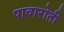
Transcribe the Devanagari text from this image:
पावारोती